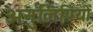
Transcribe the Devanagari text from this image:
अनुलिपियों